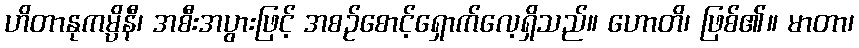
ဟိတာနုကမ္ပိနီ၊ အစီးအပွားဖြင့် အစဉ်စောင့်ရှောက်လေ့ရှိသည်။ ဟောတိ၊ ဖြစ်၏။ မာတာ၊